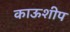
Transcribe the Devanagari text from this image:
काऊशीप